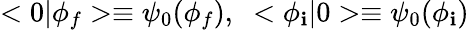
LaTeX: <0|\phi_{f}>\equiv\psi_{0}(\phi_{f}),\; \; <\phi_{\mathbf{i}}|0>\equiv\psi_{0}(\phi_{\mathbf{i}})